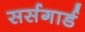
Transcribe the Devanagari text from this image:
सर्सगार्ड